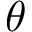
\theta